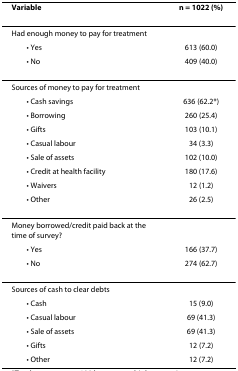
| Variable | n = 1022 (%) |
 | --- | --- |
 | Had enough money to pay for treatment |  |
 | • Yes | 613 (60.0) |
 | • No | 409 (40.0) |
 | Sources of money to pay for treatment |  |
 | • Cash savings | 636 (62.2*) |
 | • Borrowing | 260 (25.4) |
 | • Gifts | 103 (10.1) |
 | • Casual labour | 34 (3.3) |
 | • Sale of assets | 102 (10.0) |
 | • Credit at health facility | 180 (17.6) |
 | • Waivers | 12 (1.2) |
 | • Other | 26 (2.5) |
 | Money borrowed/credit paid back at the time of survey? |  |
 | • Yes | 166 (37.7) |
 | • No | 274 (62.7) |
 | Sources of cash to clear debts |  |
 | • Cash | 15 (9.0) |
 | • Casual labour | 69 (41.3) |
 | • Sale of assets | 69 (41.3) |
 | • Gifts | 12 (7.2) |
 | • Other | 12 (7.2) |